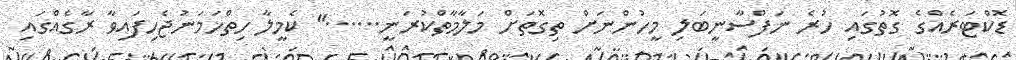
ޑޮކްޓަރެއްގެ ގޮތުގައި ހުރެ ނަފްސާނީބަލި މީހުންނަށް ތިގޮތަށް މަލާމާތްކުރަނީ......" ކެމީލާ ހިތްހަމަނުޖެހިފައިވާ ރާގެއްގައި